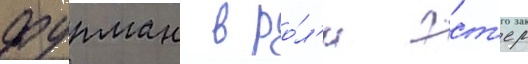
фурман в ро́л'и эст'ер